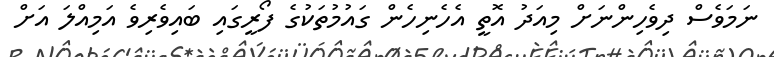
ނަމަވެސް ދިވެހިންނަށް މިއަދު އޮތީ އެހެނިހެން ގައުމުތަކުގެ ފޯރީގައި ބައިވެރިވެ އަމިއްލަ އަށް